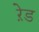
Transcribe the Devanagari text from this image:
ऱेड